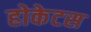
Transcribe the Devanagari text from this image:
होकेटस